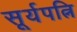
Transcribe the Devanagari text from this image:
सूर्यपत्नि